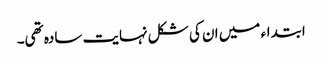
ابتداء میں ان کی شکل نہایت سادہ تھی۔